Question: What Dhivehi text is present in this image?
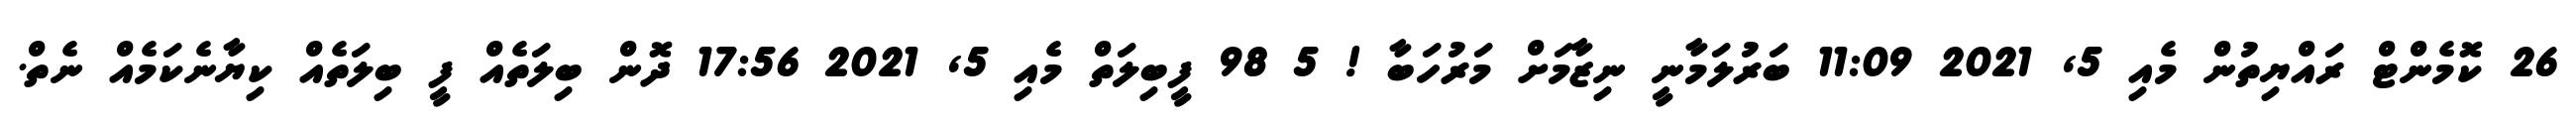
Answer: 26 ކޮމެންޓް ރައްޔިތުން މެއި 5, 2021 11:09 ބަރުލަމާނީ ނިޒާމަށް މަރުހަބާ ! 5 98 ފީބިލަތް މެއި 5, 2021 17:56 ދޮން ބިލަތެއް ފީ ބިލަތެއް ކިޔާނެކަމެއް ނެތް.